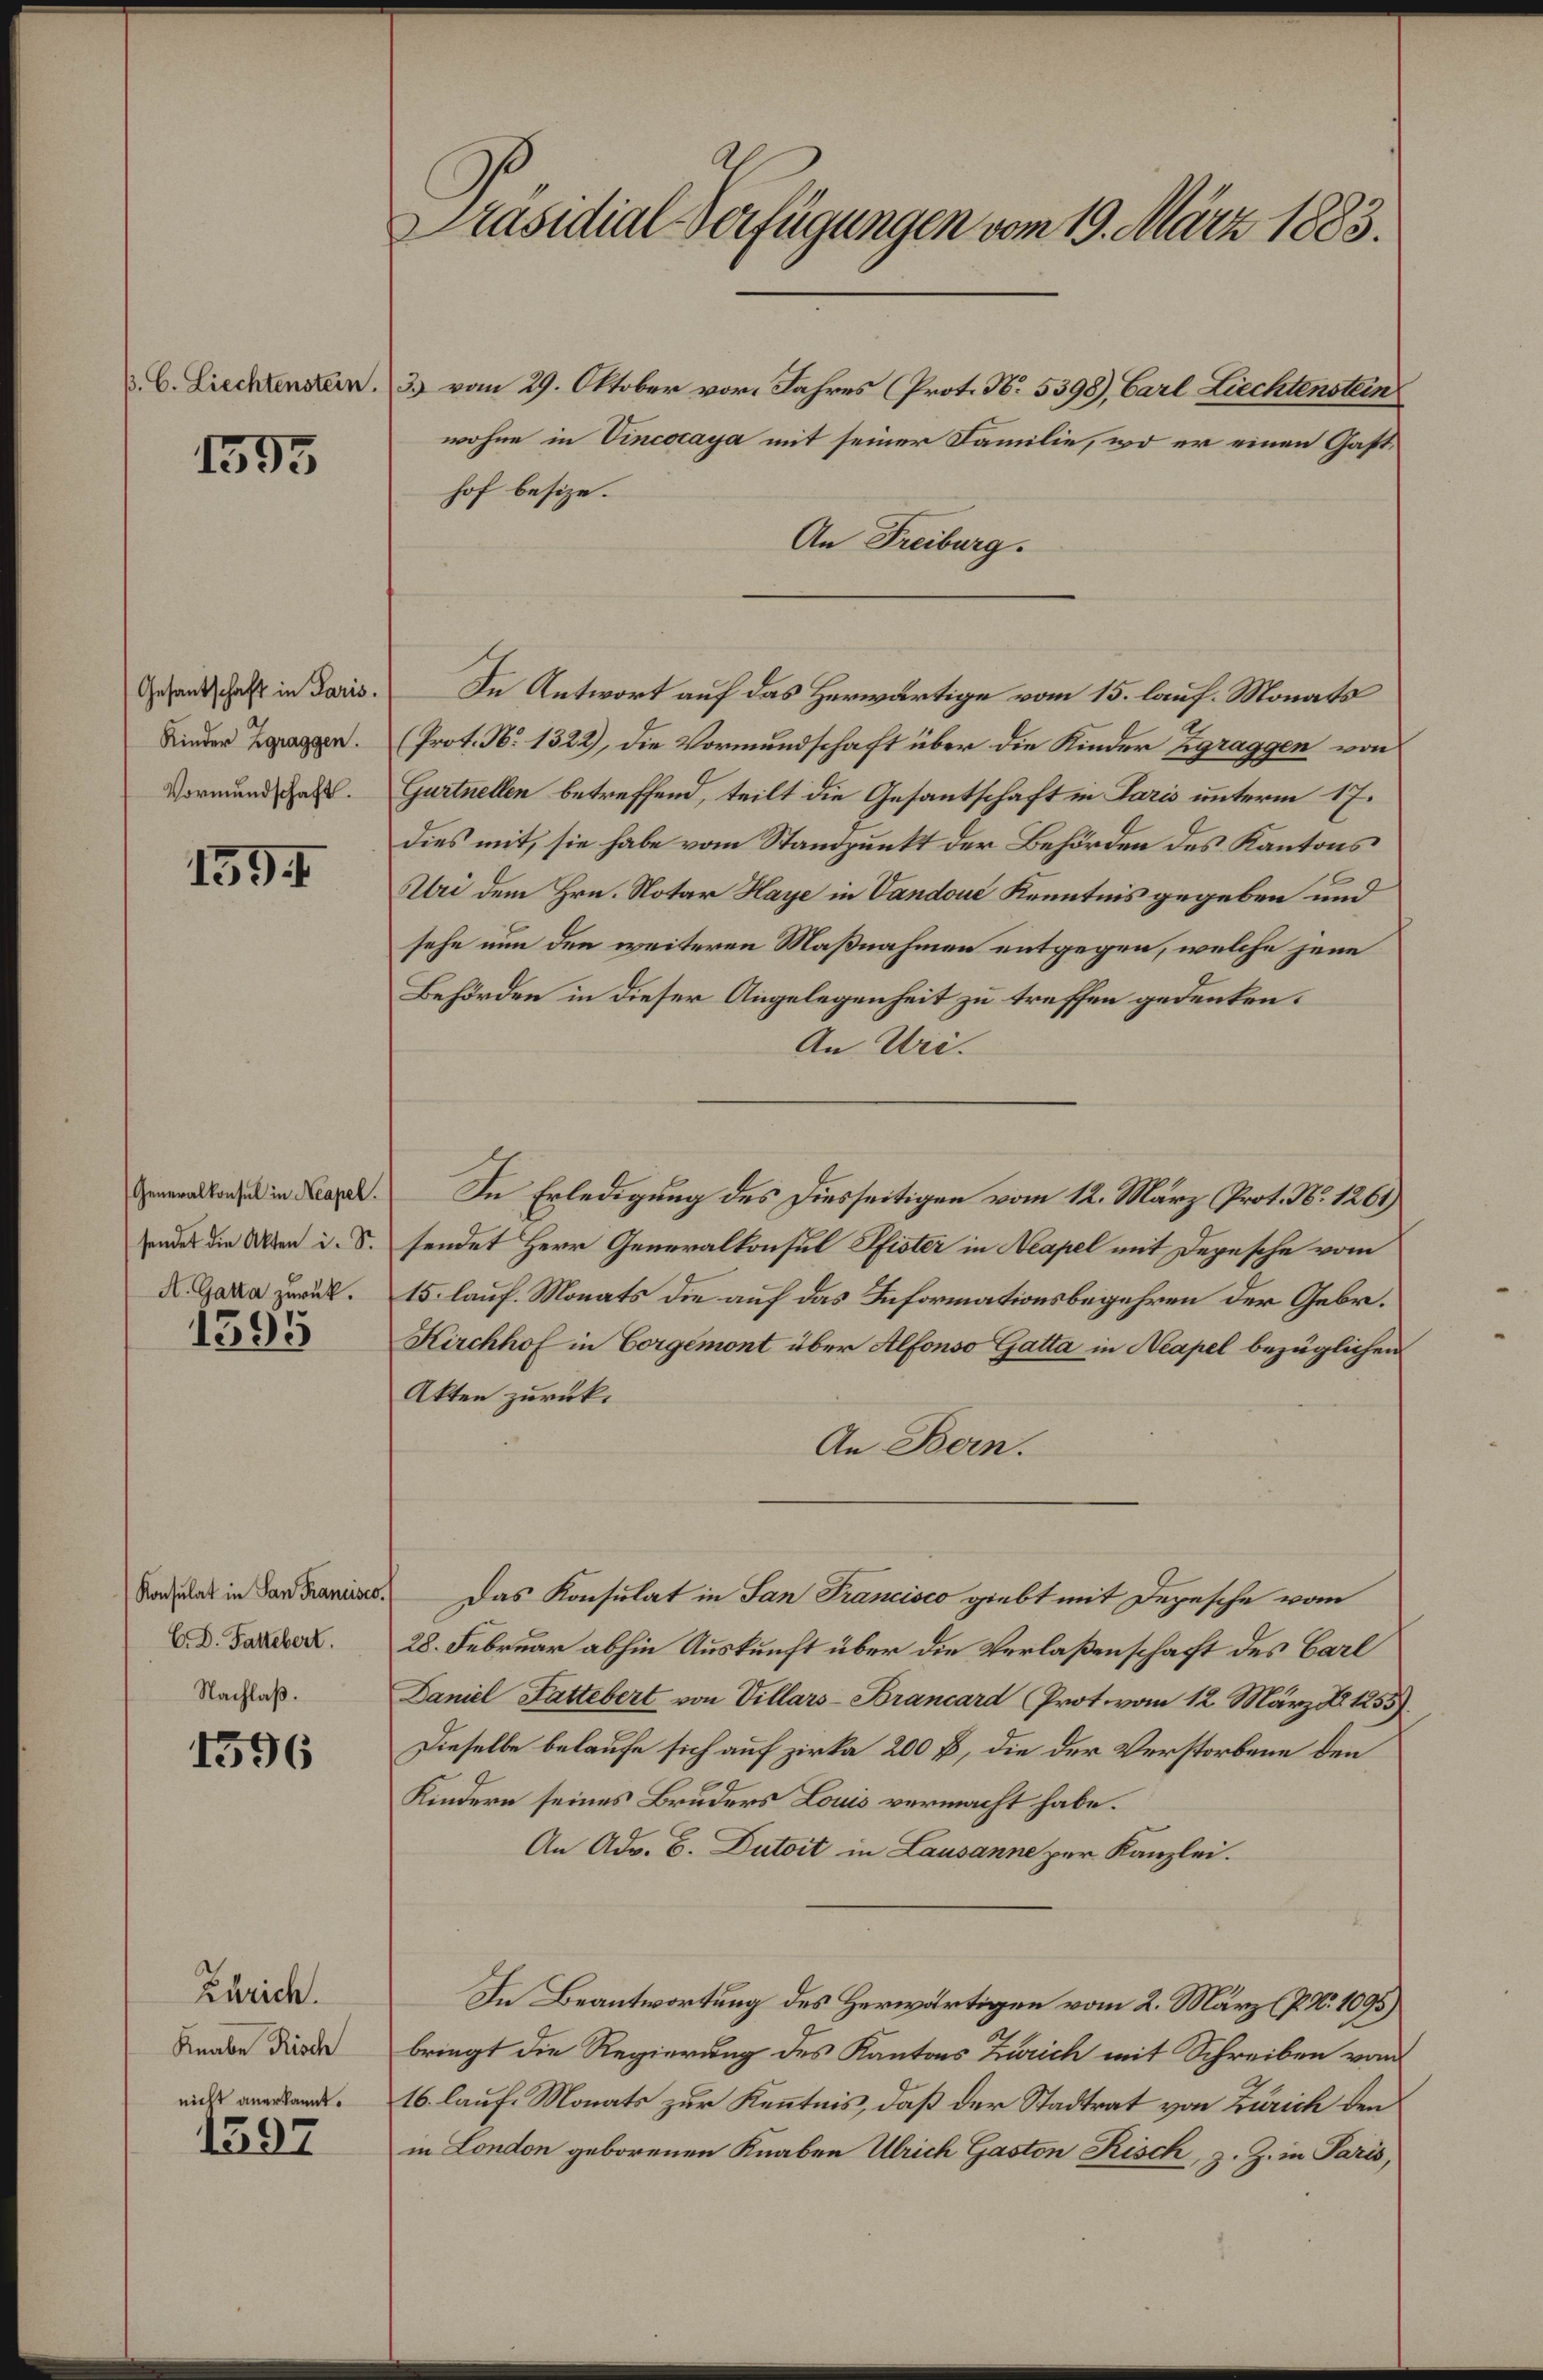
B. C. Liechtenstein.

1595

Gesantschaft in Paris.
Kinder Zgraggen.
Vormundschaft.

159

Generalkonsul in Neapel.
sendet die Akten i. S.
A. Gatta zurück.

1595

Konsulat in San Francisco
C. D. Fattebert.
Nachlaß.

1596

Zürich.
Knabe Risch
nieht anerkannt.

1397

Präsidial-Verfügungen vom 19. März 1883.

3) vom 29. Oktober vor. Jahres (Prot. N. 5398), Carl Liechtenstein
wohne in Vincocaya mit seiner Familie, wo er einen Gasthof besize.
An Freiburg.
In Antwort auf das Herwärtige vom 15. lauf. Monats
(Prot. N. 1322), die Vormundschaft über die Kinder Zgraggen von
Gurtnellen betreffend, teilt die Gesantschaft in Paris unterm 17.
dies mit, sie habe vom Standpunkt der Behörden des Kantons
Uri dem Hrn. Notar Haye in Vandoue Kenntnis gegeben und
sehe nun den weiteren Maßnahmen entgegen, welche jene
Behörden in dieser Angelegenheit zu treffen gedenken.
An Uri.
In Erledigung des Diesseitigen vom 12. März, Prot. No. 1261
sendet Herr Generalkonsul Pfister in Neapel mit Depesche vom
15. lauf. Monats die auf das Informationsbegehren der Gebr.
Kirchhof in Vorgemont über Alfonso Gatta in Neapel bezüglichen
Akten zurück.
An Bern.
Das Konsulat in San Francisco giebt mit Depesche vom
28. Februar abhin Auskunft über die Verlaßenschaft des Carl
Daniel Fattebert von Villars-Brancard Prot. vom 12. März d. 1255).
Dieselbe belaufe sich auf zirka 200 B., die der Verstorbene den
Kindern seines Bruders Louis vermacht habe.
An Adv. C. Dutoit in Lausanne per Kanzlei.
In Beantwortung des Herwärtigen vom 2. März (7 No 1095)
bringt die Regierung des Kantons Zürich mit Schreiben vom
16 laufe Monats zur Kenntnis, daß der Stadtrat von Zürich den
in London geborenen Knaben Ulrich Gaston Risch, z. Z. in Paris,